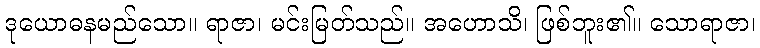
ဒုယောဓနမည်သော။ ရာဇာ၊ မင်းမြတ်သည်။ အဟောသိ၊ ဖြစ်ဘူး၏။ သောရာဇာ၊